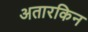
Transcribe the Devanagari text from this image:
अतारकिन